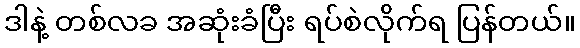
ဒါနဲ့ တစ်လခ အဆုံးခံပြီး ရပ်စဲလိုက်ရ ပြန်တယ်။